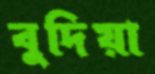
বুদিয়া